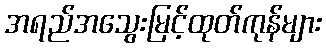
အရည်အသွေးမြင့်ထုတ်ကုန်များ